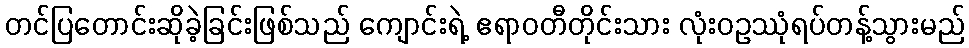
တင်ပြတောင်းဆိုခဲ့ခြင်းဖြစ်သည် ကျောင်းရဲ့ ဧရာဝတီတိုင်းသား လုံးဝဥဿုံရပ်တန့်သွားမည်